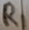
Text: R1